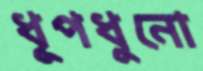
ধূপধুনো